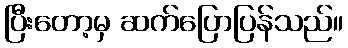
ပြီးတော့မှ ဆက်ပြောပြန်သည်။